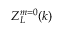
Z _ { L } ^ { m = 0 } ( k )